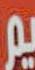
يم